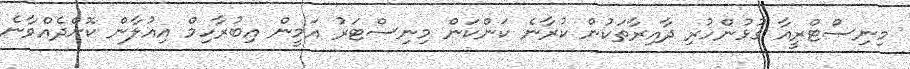
މިނިސްޓްރީއާ ގުޅުންހުރި ދާއިރާތަކުން ކުރާނެ ކަންކަން މިނިސްޓަރު އަމީން އިބުރާހިމް އިއުލާން ކޮށްދެއްވާނެ